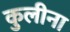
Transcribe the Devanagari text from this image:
कुलीना